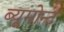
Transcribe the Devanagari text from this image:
ब्यूमोन्ट